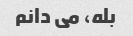
بله، می دانم